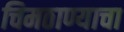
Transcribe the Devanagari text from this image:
चिमठाण्याचा